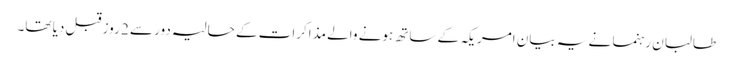
طالبان رہنما نے یہ بیان امریکہ کے ساتھ ہونے والے مذاکرات کے حالیہ دور سے 2 روز قبل دیا تھا۔